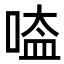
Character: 㗐